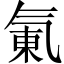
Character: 氭